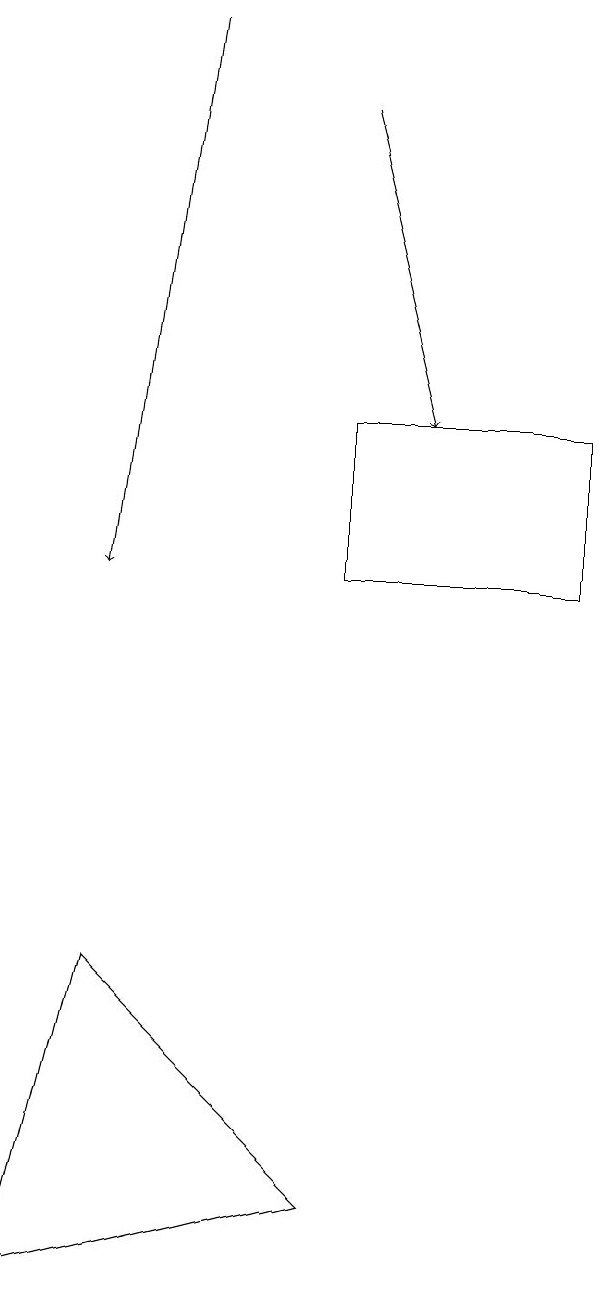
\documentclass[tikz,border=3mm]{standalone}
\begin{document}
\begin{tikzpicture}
\draw[->] (4,18) -- (3,11);
\draw (6,3) -- (3,6) -- (2,2) -- cycle;
\draw (9,11) rectangle (6,13);
\draw[->] (6,17) -- (7,13);
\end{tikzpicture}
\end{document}